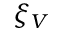
\xi _ { V }